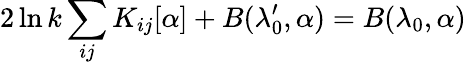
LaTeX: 2\ln k\sum_{ij}K_{ij}[\alpha]+B(\lambda_{0}^{\prime},\alpha)=B(\lambda_{0},\alpha)